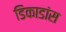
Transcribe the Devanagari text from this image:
डिकाडांस